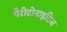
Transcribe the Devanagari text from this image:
पैरीटोनाइटिस